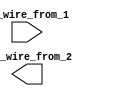
module reg_from_6_to_1(
    input wire [6:1] in_wire_from_1,
    output wire [7:2] out_wire_from_2
);

assign out_wire_from_2[2] = in_wire_from_1[0];


endmodule